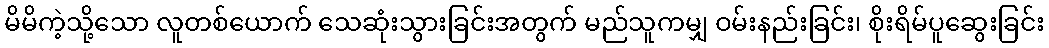
မိမိကဲ့သို့သော လူတစ်ယောက် သေဆုံးသွားခြင်းအတွက် မည်သူကမျှ ဝမ်းနည်းခြင်း၊ စိုးရိမ်ပူဆွေးခြင်း